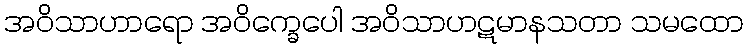
အဝိသာဟာရော အဝိက္ခေပေါ အဝိသာဟဋမာနသတာ သမထော